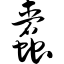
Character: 蠹